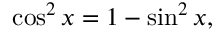
\cos ^ { 2 } x = 1 - \sin ^ { 2 } x ,